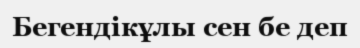
Бегендікұлы сен бе деп